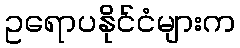
ဥရောပနိုင်ငံများက